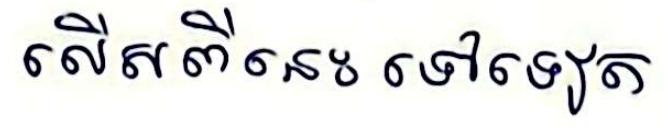
លើសពីនេះ ទៅទៀត